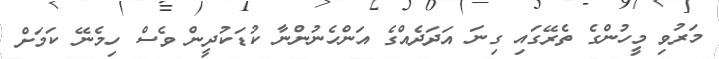
މަރުވި މީހުންގެ ތެރޭގައި ގިނަ އަދަދެއްގެ އަންހެނުންނާ ކުޑަކުދީން ވެސް ހިމެނޭ ކަމަށް